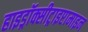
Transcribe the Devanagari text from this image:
हाइड्रॉक्सीट्राइप्टामाइन